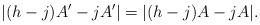
LaTeX: \begin{align*}|(h-j)A' - jA'| = |(h-j)A - jA|.\end{align*}